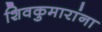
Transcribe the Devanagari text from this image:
शिवकुमारांना